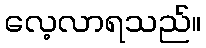
လေ့လာရသည်။